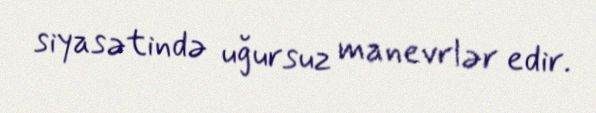
siyasətində uğursuz manevrlər edir.